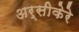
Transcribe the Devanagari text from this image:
अर्सीकेरे